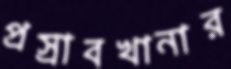
প্রস্রাবখানার